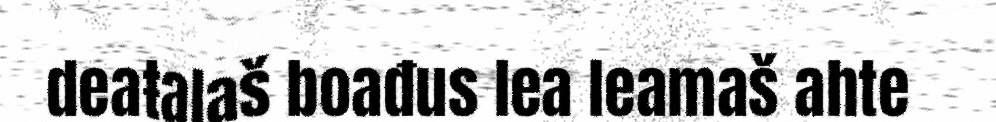
deaŧalaš boađus lea leamaš ahte